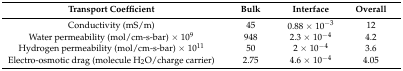
<table><thead><tr><td><b>Transport Coefficient</b></td><td><b>Bulk</b></td><td><b>Interface</b></td><td><b>Overall</b></td></tr></thead><tbody><tr><td>Conductivity (mS/m)</td><td>45</td><td>0.88 × 10<sup>−3</sup></td><td>12</td></tr><tr><td>Water permeability (mol/cm-s-bar) × 10<sup>9</sup></td><td>948</td><td>2.3 × 10<sup>−4</sup></td><td>4.2</td></tr><tr><td>Hydrogen permeability (mol/cm-s-bar) × 10<sup>11</sup></td><td>50</td><td>2 × 10<sup>−4</sup></td><td>3.6</td></tr><tr><td>Electro-osmotic drag (molecule H<sub>2</sub>O/charge carrier)</td><td>2.75</td><td>4.6 × 10<sup>−4</sup></td><td>4.05</td></tr></tbody></table>